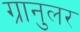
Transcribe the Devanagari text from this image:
ग्रानुलर